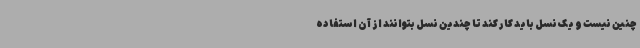
چنین نیست و یک نسل باید کار کند تا چندین نسل بتوانند از آن استفاده